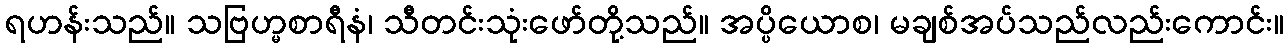
ရဟန်းသည်။ သဗြဟ္မစာရီနံ၊ သီတင်းသုံးဖော်တို့သည်။ အပ္ပိယောစ၊ မချစ်အပ်သည်လည်းကောင်း။